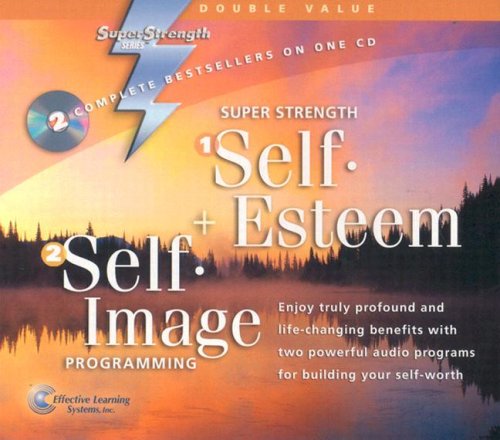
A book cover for Super Strength Self-Esteem / Self-Image Programming; Bob Griswold; Self-Help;